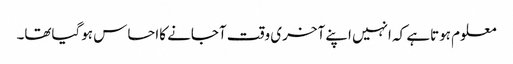
معلوم ہوتاہے کہ انہیں اپنے آخری وقت آجانے کااحساس ہوگیاتھا۔